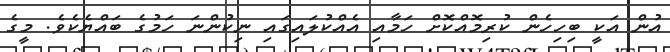
އުން އަކީ ބިހިހެން ކުރިމޮއްކޮށް ހަމާއި އެއްކުލައިގައި ނިކުންނަ ހަމުގެ ބައްޔެކެވެ. މީގެ